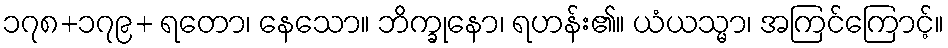
၁၇၈+၁၇၉+ ရတော၊ နေသော။ ဘိက္ခုနော၊ ရဟန်း၏။ ယံယသ္မာ၊ အကြင်ကြောင့်။